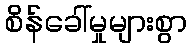
စိန်ခေါ်မှုများစွာ